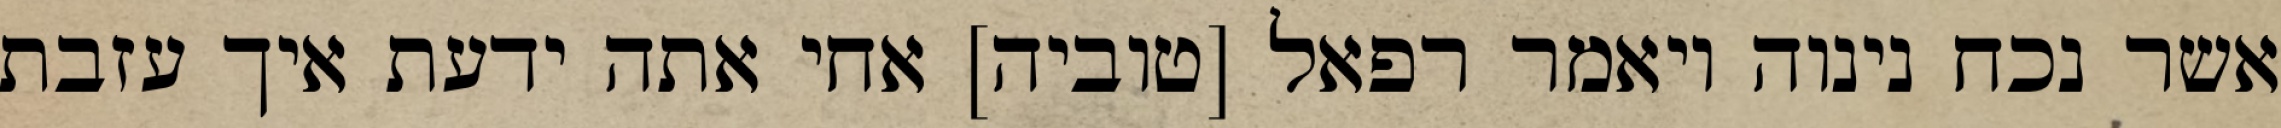
אשר נכח נינוה ויאמר רפאל [טוביה] אחי אתה ידעת איך עזבת